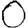
Digit: 0